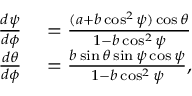
\begin{array} { r l } { \frac { d \psi } { d \phi } } & { { } = \frac { ( a + b \cos ^ { 2 } \psi ) \cos \theta } { 1 - b \cos ^ { 2 } \psi } } \\ { \frac { d \theta } { d \phi } } & { { } = \frac { b \sin \theta \sin \psi \cos \psi } { 1 - b \cos ^ { 2 } \psi } , } \end{array}